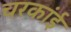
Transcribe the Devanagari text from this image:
चरकांई